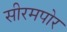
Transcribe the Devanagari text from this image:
सीरमपोर